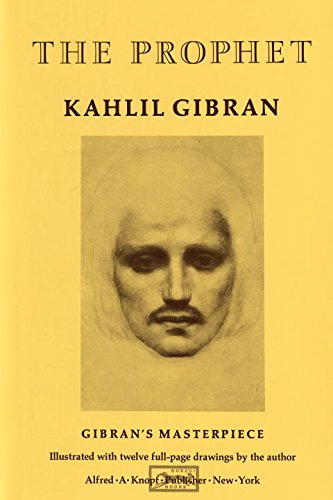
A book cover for The Prophet (A Borzoi Book); Kahlil Gibran; Literature & Fiction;